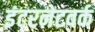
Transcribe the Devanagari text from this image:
इंटरनेटवर्क